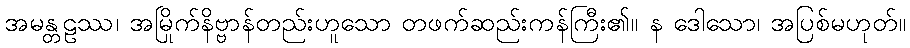
အမန္တဠဿ၊ အမြိုက်နိဗ္ဗာန်တည်းဟူသော တဖက်ဆည်းကန်ကြီး၏။ န ဒေါသော၊ အပြစ်မဟုတ်။